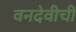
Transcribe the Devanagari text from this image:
वनदेवीची